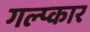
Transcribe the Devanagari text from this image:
गल्प्कार